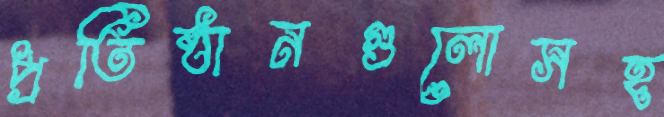
প্রতিষ্ঠানগুলোসহ